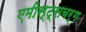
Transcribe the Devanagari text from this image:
एमीस्ट्सबर्ग